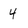
Character: 4